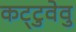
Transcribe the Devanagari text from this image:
कट्‌टुवेवु